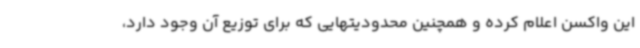
این واکسن اعلام کرده و همچنین محدودیتهایی که برای توزیع آن وجود دارد،